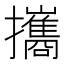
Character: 攜